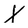
Character: X